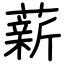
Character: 薪